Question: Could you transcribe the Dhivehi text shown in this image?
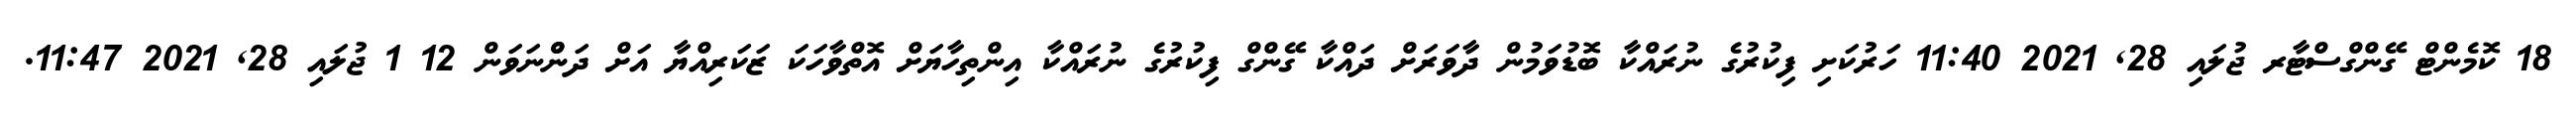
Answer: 18 ކޮމެންޓް ގޭންގްސްޓާރ ޖުލައި 28, 2021 11:40 ހަރުކަށި ފިކުރުގެ ނުރައްކާ ބޮޑުވަމުން ދާވަރަށް ދައްކާ ގޭންގް ފިކުރުގެ ނުރައްކާ އިންތިހާޔަށް އޮތްވާހަކަ ޒަކަރިއްޔާ އަށް ދަންްނަވަން 12 1 ޖުލައި 28, 2021 11:47.